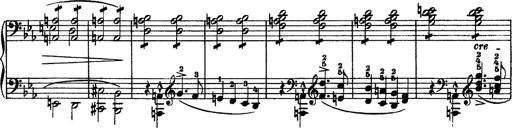
Title: Piano Sonata
Composer: Karl HÃ¤ssler
Key: C major